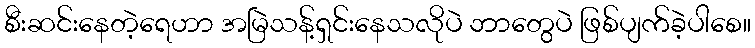
စီးဆင်းနေတဲ့ရေဟာ အမြဲသန့်ရှင်းနေသလိုပဲ ဘာတွေပဲ ဖြစ်ပျက်ခဲ့ပါစေ။